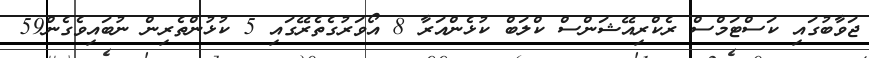
ޖަވާބުގައި ކަސްޓަމްސް ރެކްރިއޭޝަންސް ކްލަބް ކުޅެންއަރާ 8 އޯވަރުގެތެރޭގައި 5 ކުޅުންތެރިން ނުބަަައިވެގެން59